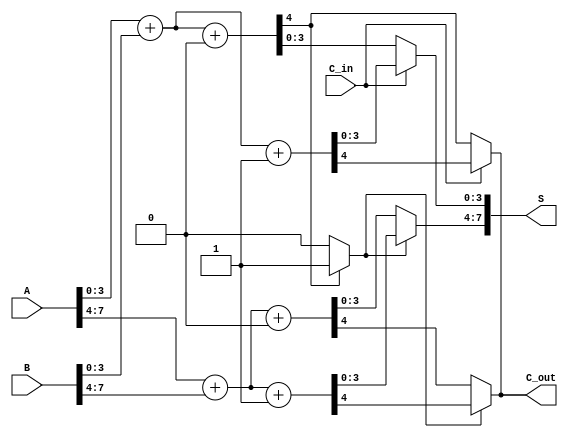
module CarrySelectAdder #(parameter N = 8) (
    input  [N-1:0] A,      // First n-bit input
    input  [N-1:0] B,      // Second n-bit input
    input         C_in,     // Carry input
    output [N-1:0] S,      // n-bit sum output
    output        C_out     // Carry output
);

    // Number of blocks
    localparam BLOCK_SIZE = 4;
    localparam NUM_BLOCKS = N / BLOCK_SIZE;

    // Internal wires for carry and sum outputs
    wire [BLOCK_SIZE-1:0] S0 [0:NUM_BLOCKS-1]; // S when C_in = 0
    wire [BLOCK_SIZE-1:0] S1 [0:NUM_BLOCKS-1]; // S when C_in = 1
    wire C0 [0:NUM_BLOCKS-1]; // Carry out when C_in = 0
    wire C1 [0:NUM_BLOCKS-1]; // Carry out when C_in = 1
    wire C_select [0:NUM_BLOCKS-1]; // Carry select for each block

    // Generate blocks
    genvar i;
    generate
        for (i = 0; i < NUM_BLOCKS; i = i + 1) begin : adder_blocks
            // Calculate the start and end indices for the current block
            wire [N-1:0] A_block = A[i*BLOCK_SIZE +: BLOCK_SIZE];
            wire [N-1:0] B_block = B[i*BLOCK_SIZE +: BLOCK_SIZE];

            // Full adders for C_in = 0
            assign {C0[i], S0[i]} = A_block + B_block + 1'b0;

            // Full adders for C_in = 1
            assign {C1[i], S1[i]} = A_block + B_block + 1'b1;

            // Select the carry for the next block
            if (i == 0) begin
                assign C_select[i] = C_in; // For the first block, use the input carry
            end else begin
                assign C_select[i] = C0[i-1] ? 1'b1 : C0[i-1]; // Select based on previous carry
            end
        end
    endgenerate

    // MUX to select the final sum and carry outputs
    generate
        for (i = 0; i < NUM_BLOCKS; i = i + 1) begin : mux_select
            assign S[i*BLOCK_SIZE +: BLOCK_SIZE] = C_select[i] ? S1[i] : S0[i];
            if (i == 0) begin
                assign C_out = C_select[i] ? C1[i] : C0[i];
            end else begin
                assign C_out = C_select[i] ? C1[i] : C0[i];
            end
        end
    endgenerate

endmodule